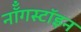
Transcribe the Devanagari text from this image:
नॉँगस्टॉइन